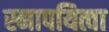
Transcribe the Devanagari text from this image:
स्नापयित्वा